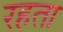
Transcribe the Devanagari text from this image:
रहता